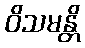
ဝိသမန္တိ